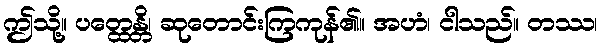
ဤသို့။ ပတ္ထေန္တိ၊ ဆုတောင်းကြကုန်၏။ အဟံ၊ ငါသည်။ တဿ၊